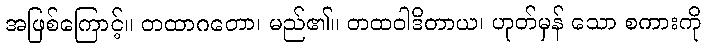
အဖြစ်ကြောင့်။ တထာဂတော၊ မည်၏။ တထဝါဒိတာယ၊ ဟုတ်မှန် သော စကားကို